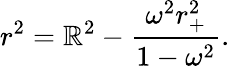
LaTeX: r^{2}=\mathbb{R}^{2}-\frac{{\omega^{2}r_{+}^{2}}}{{1-\omega^{2}}}.